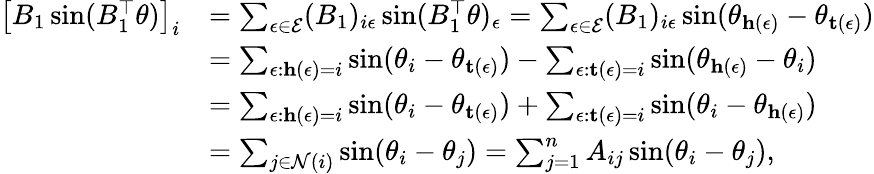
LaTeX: \begin{array}{rl}{\left[B_{1}\sin(B_{1}^{\top}\theta)\right]_{i}}&{=\sum_{\epsilon\in\mathcal{E}}(B_{1})_{i\epsilon}\sin(B_{1}^{\top}\theta)_{\epsilon}=\sum_{\epsilon\in\mathcal{E}}(B_{1})_{i\epsilon}\sin(\theta_{\mathbf{h}(\epsilon)}-\theta_{\mathbf{t}(\epsilon)})}\\ &{=\sum_{\epsilon:\mathbf{h}(\epsilon)=i}\sin(\theta_{i}-\theta_{\mathbf{t}(\epsilon)})-\sum_{\epsilon:\mathbf{t}(\epsilon)=i}\sin(\theta_{\mathbf{h}(\epsilon)}-\theta_{i})}\\ &{=\sum_{\epsilon:\mathbf{h}(\epsilon)=i}\sin(\theta_{i}-\theta_{\mathbf{t}(\epsilon)})+\sum_{\epsilon:\mathbf{t}(\epsilon)=i}\sin(\theta_{i}-\theta_{\mathbf{h}(\epsilon)})}\\ &{=\sum_{j\in\mathcal{N}(i)}\sin(\theta_{i}-\theta_{j})=\sum_{j=1}^{n}A_{ij}\sin(\theta_{i}-\theta_{j}),}\end{array}